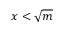
x < { \sqrt { m } }